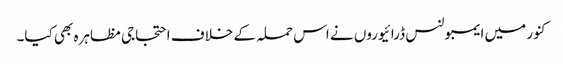
کنور میں ایمبولنس ڈرائیوروں نے اس حملہ کے خلاف احتجاجی مظاہرہ بھی کیا۔